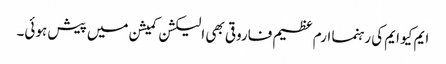
ایم کیو ایم کی رہنما ارم عظیم فاروقی بھی الیکشن کمیشن میں پیش ہوئی۔